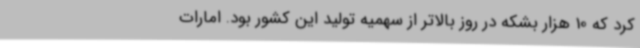
کرد که 10 هزار بشکه در روز بالاتر از سهمیه تولید این کشور بود. امارات